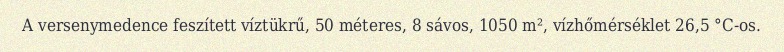
A versenymedence feszített víztükrű, 50 méteres, 8 sávos, 1050 m², vízhőmérséklet 26,5 °C-os.